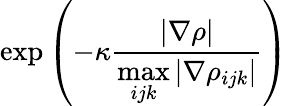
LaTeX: \mathrm{exp}\left(-\kappa\frac{|\nabla\rho|}{\underset{ijk}{\mathrm{max}}\, |\nabla\rho_{ijk}|}\right)